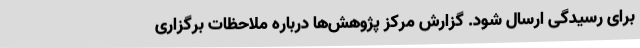
برای رسیدگی ارسال شود. گزارش مرکز پژوهش‌ها درباره ملاحظات برگزاری